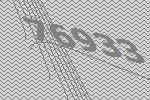
76933